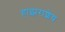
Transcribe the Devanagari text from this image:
हाझराशेय